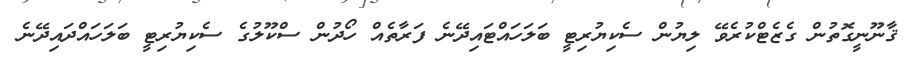
ޤާނޫނީގޮތުން ގެޒެޓްކުރެވޭ ލިޔުން ސެކިޔުރިޓީ ބަލަހައްޓައިދޭނެ ފަރާތެއް ހޯދުން ސްކޫލުގެ ސެކިޔުރިޓީ ބަލަހައްދައިދޭނެ